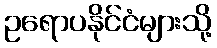
ဥရောပနိုင်ငံများသို့